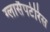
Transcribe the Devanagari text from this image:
ग्लासैपटेरिस